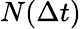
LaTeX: N(\Delta t)